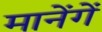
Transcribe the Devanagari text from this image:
मानेंगें